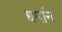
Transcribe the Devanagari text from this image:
धर्मान